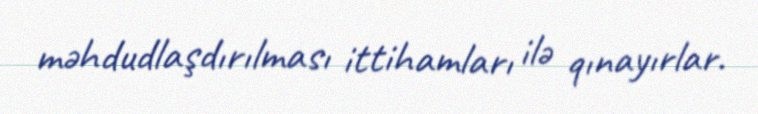
məhdudlaşdırılması ittihamları ilə qınayırlar.